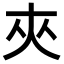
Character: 夾